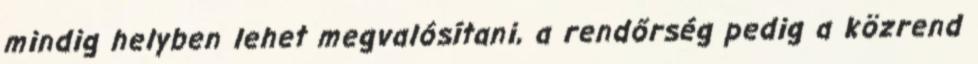
mindig helyben lehet megvalósítani, a rendőrség pedig a közrend